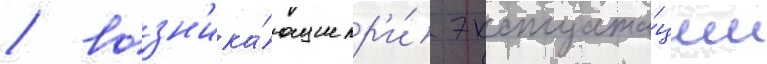
/ возн'ика́ющие пр'и́ эксплуата́ции